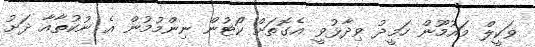
ވަކީލް މައުމޫން ހަމީދު ވިދާޅުވީ އެގޮތަށް ކޯޓުން ނިންމުމުން އެ ނުކުތާއާ ދަށު